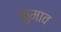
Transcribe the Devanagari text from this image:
कुमाव